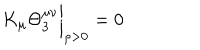
LaTeX: K _ { \mu } \Theta _ { 3 } ^ { \mu \nu } { \bigg | } _ { \rho > 0 } = 0